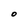
Character: O